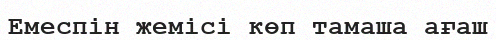
Емеспін жемісі көп тамаша ағаш